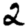
Digit: 2